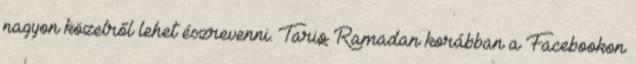
nagyon közelről lehet észrevenni. Tariq Ramadan korábban a Facebookon